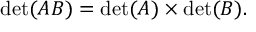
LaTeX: \operatorname* { d e t } ( A B ) = \operatorname* { d e t } ( A ) \times \operatorname* { d e t } ( B ) .